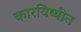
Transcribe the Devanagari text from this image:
कारयिष्यीत